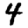
Digit: 4